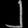
Digit: ၂